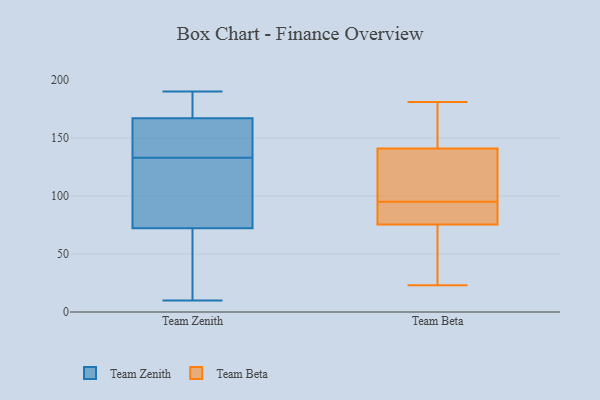
{"axis": {"x": "Backlog", "y": "Value"}, "legend": ["Team Beta", "Team Zenith"], "data": [{"x": "", "y": 10, "type": "Team Zenith"}, {"x": "", "y": 15, "type": "Team Zenith"}, {"x": "", "y": 190, "type": "Team Zenith"}, {"x": "", "y": 158, "type": "Team Zenith"}, {"x": "", "y": 170, "type": "Team Zenith"}, {"x": "", "y": 113, "type": "Team Zenith"}, {"x": "", "y": 143, "type": "Team Zenith"}, {"x": "", "y": 133, "type": "Team Zenith"}, {"x": "", "y": 71, "type": "Team Zenith"}, {"x": "", "y": 23, "type": "Team Zenith"}, {"x": "", "y": 171, "type": "Team Zenith"}, {"x": "", "y": 76, "type": "Team Zenith"}, {"x": "", "y": 84, "type": "Team Zenith"}, {"x": "", "y": 136, "type": "Team Zenith"}, {"x": "", "y": 170, "type": "Team Zenith"}, {"x": "", "y": 96, "type": "Team Beta"}, {"x": "", "y": 50, "type": "Team Beta"}, {"x": "", "y": 150, "type": "Team Beta"}, {"x": "", "y": 82, "type": "Team Beta"}, {"x": "", "y": 52, "type": "Team Beta"}, {"x": "", "y": 138, "type": "Team Beta"}, {"x": "", "y": 181, "type": "Team Beta"}, {"x": "", "y": 84, "type": "Team Beta"}, {"x": "", "y": 23, "type": "Team Beta"}, {"x": "", "y": 158, "type": "Team Beta"}, {"x": "", "y": 101, "type": "Team Beta"}, {"x": "", "y": 125, "type": "Team Beta"}, {"x": "", "y": 74, "type": "Team Beta"}, {"x": "", "y": 94, "type": "Team Beta"}, {"x": "", "y": 144, "type": "Team Beta"}, {"x": "", "y": 158, "type": "Team Beta"}, {"x": "", "y": 103, "type": "Team Beta"}, {"x": "", "y": 82, "type": "Team Beta"}, {"x": "", "y": 23, "type": "Team Beta"}, {"x": "", "y": 77, "type": "Team Beta"}]}